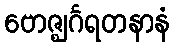
ဗောဇ္ဈင်္ဂရတနာနံ